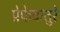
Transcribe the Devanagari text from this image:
प्रेफेकतुरे